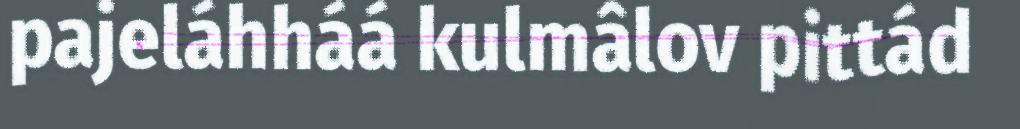
pajeláhháá kulmâlov pittád